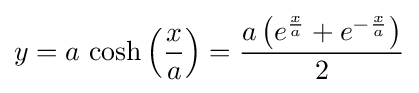
y=a\,\cosh \left({\frac {x}{a}}\right)={\frac {a\left(e^{\frac {x}{a}}+e^{-{\frac {x}{a}}}\right)}{2}}